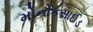
મોનોકસાઈડ